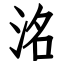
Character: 洺